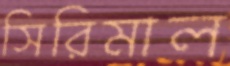
সিরিমাল